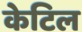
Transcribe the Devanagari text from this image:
केटिल